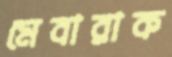
মেবারাক